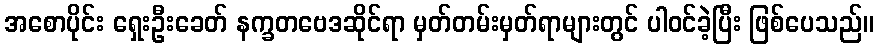
အစောပိုင်း ရှေးဦးခေတ် နက္ခတဗေဒဆိုင်ရာ မှတ်တမ်းမှတ်ရာများတွင် ပါဝင်ခဲ့ပြီး ဖြစ်ပေသည်။